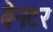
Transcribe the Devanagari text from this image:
बेनटर